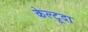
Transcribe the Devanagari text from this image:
केल्टूदा